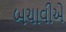
બચાવીએ